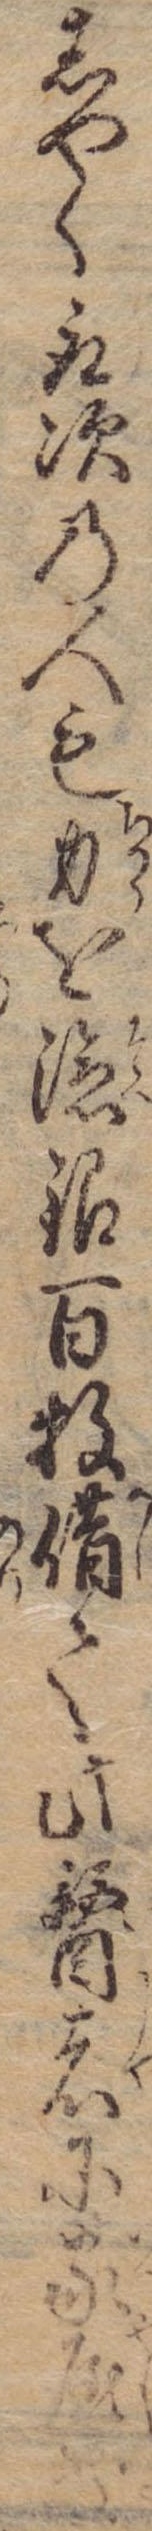
しやく取次の人も力を添銀百牧借て此医者に家屋敷